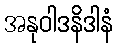
အနုဝါဒနိဒါနံ